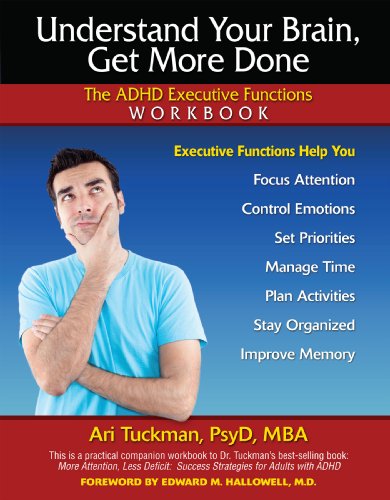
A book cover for Understand Your Brain, Get More Done: The ADHD Executive Functions Workbook; Ari Tuckman PsyD  MBA; Health, Fitness & Dieting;